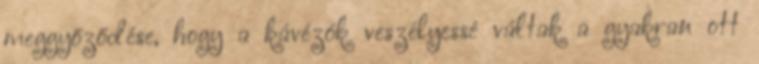
meggyőződése, hogy a kávézók veszélyessé váltak a gyakran ott